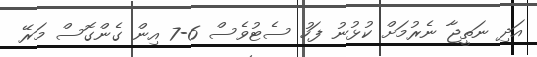
އަދި ނަތީޖާ ނެރުމަށް ކުޅުނު ފަހު ސެޓުވެސް 6-7 އިން ގެންގޮސް މަރޭ